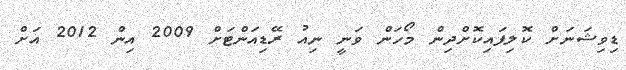
ޑިވިޝަނަށް ކޮލިފައިކޮށްދިން މޯހަން ވަނީ ނިއު ރޭޑިއަންޓަށް 2009 އިން 2012 އަށް